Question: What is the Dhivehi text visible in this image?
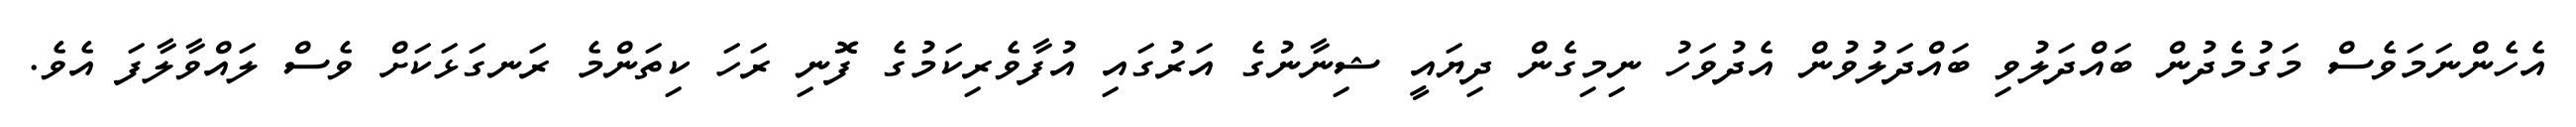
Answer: އެހެންނަމަވެސް މަގުމެދުން ބައްދަލުވި ބައްދަލުވުން އެދުވަހު ނިމިގެން ދިޔައީ ޝިނާނުގެ އަރުގައި އުފާވެރިކަމުގެ ފޮނި ރަހަ ކިތަންމެ ރަނގަޅަކަށް ވެސް ލައްވާލާފަ އެވެ.